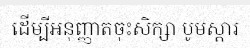
ដើម្បីអនុញ្ញាតចុះសិក្សា បូមស្តារ